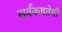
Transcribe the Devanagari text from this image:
सर्वंकषतेची